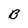
Character: B